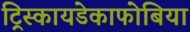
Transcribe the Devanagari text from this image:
ट्रिस्कायडेकाफोबिया